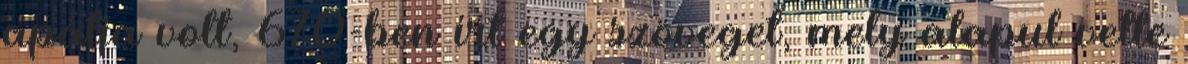
apátja volt, 670-ben írt egy szöveget, mely alapul vette